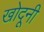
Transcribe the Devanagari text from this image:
खोदूनी